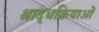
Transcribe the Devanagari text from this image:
श्राद्धक्रियाओं